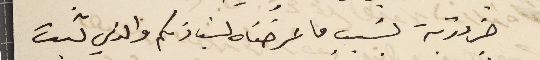
ضرورية بسَبب ما عرضناه لسَيادتكم والذي ثبت